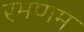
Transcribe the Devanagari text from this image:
रमणम